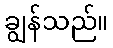
ချွန်သည်။